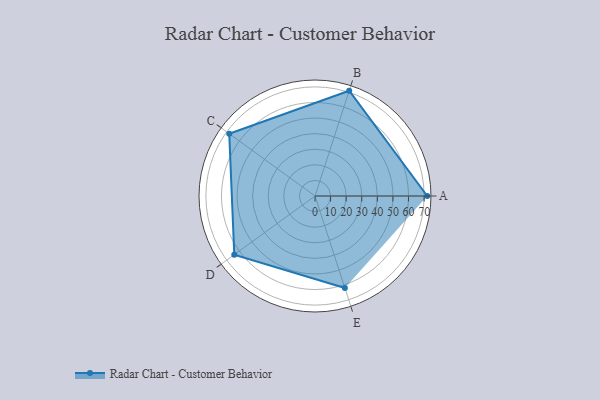
{"axis": {"x": "Skill", "y": "Score"}, "legend": ["Profile"], "data": [{"x": "A", "y": 72.0, "type": "Profile"}, {"x": "B", "y": 71.0, "type": "Profile"}, {"x": "C", "y": 68.0, "type": "Profile"}, {"x": "D", "y": 64.0, "type": "Profile"}, {"x": "E", "y": 62.0, "type": "Profile"}]}